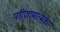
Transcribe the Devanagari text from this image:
परिणामात्‍मक